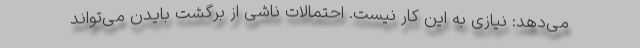
می‌دهد: نیازی به این كار نیست. احتمالات ناشی از برگشت بایدن می‌تواند